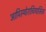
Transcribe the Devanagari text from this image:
आपिस्थोराचियासिस